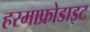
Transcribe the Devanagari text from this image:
हरमाफ्रोडाइट